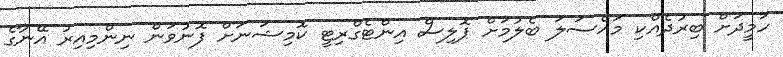
ހަމީދަށް ބިރުދެއްކި މައްސަލަ ބެލުމަށް ޕޮލިސް އިންޓެގްރިޓީ ކޮމިޝަނަށް ފޮނުވަން ނިންމިއިރު އޭނާގެ